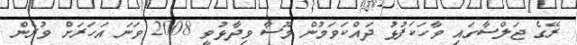
ރޭގެ ޖަލްސާގައި ވާހަކަފުޅު ދައްކަވަމުން މޫސާ ވިދާޅުވީ 2008 ވަނަ އަހަރަށް ވުރެން